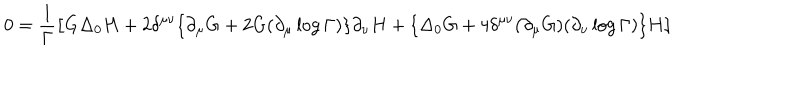
LaTeX: 0 = \frac { 1 } { \Gamma } \big [ G \Delta _ { 0 } H + 2 \delta ^ { \mu \nu } \{ \partial _ { \mu } G + 2 G ( \partial _ { \mu } \log \Gamma ) \} \partial _ { \nu } H + \{ \Delta _ { 0 } G + 4 \delta ^ { \mu \nu } ( \partial _ { \mu } G ) ( \partial _ { \nu } \log \Gamma ) \} H \big ]